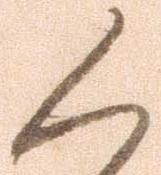
く